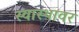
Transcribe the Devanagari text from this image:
स्वास्थावर